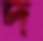
দ